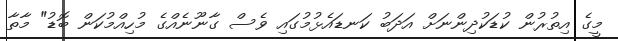
މީގެ އިތުރުން ކުޑަކުދިންނަށް އަދަބު ކަނޑައެޅުމުގައި ވެސް ގާނޫނެއްގެ މުހިއްމުކަން ބޮޑު" މާތާ